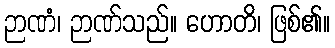
ဉာဏံ၊ ဉာဏ်သည်။ ဟောတိ၊ ဖြစ်၏။